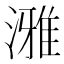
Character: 𪷐